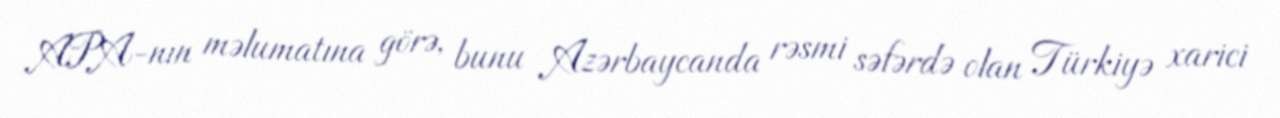
APA-nın məlumatına görə, bunu Azərbaycanda rəsmi səfərdə olan Türkiyə xarici